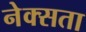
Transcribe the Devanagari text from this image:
नेक्सता